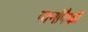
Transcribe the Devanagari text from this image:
पानांपैकी